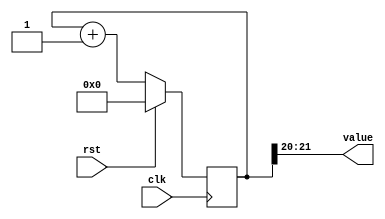
/*
   This file was generated automatically by the Mojo IDE version B1.3.6.
   Do not edit this file directly. Instead edit the original Lucid source.
   This is a temporary file and any changes made to it will be destroyed.
*/

/*
   Parameters:
     SIZE = 2
     DIV = 20
     TOP = 0
     UP = 1
*/
module counter_1 (
    input clk,
    input rst,
    output reg [1:0] value
  );
  
  localparam SIZE = 2'h2;
  localparam DIV = 5'h14;
  localparam TOP = 1'h0;
  localparam UP = 1'h1;
  
  
  reg [21:0] M_ctr_d, M_ctr_q = 1'h0;
  
  localparam MAX_VALUE = 21'h0fffff;
  
  always @* begin
    M_ctr_d = M_ctr_q;
    
    value = M_ctr_q[20+1-:2];
    if (1'h1) begin
      M_ctr_d = M_ctr_q + 1'h1;
      if (1'h0 && M_ctr_q == 21'h0fffff) begin
        M_ctr_d = 1'h0;
      end
    end else begin
      M_ctr_d = M_ctr_q - 1'h1;
      if (1'h0 && M_ctr_q == 1'h0) begin
        M_ctr_d = 21'h0fffff;
      end
    end
  end
  
  always @(posedge clk) begin
    if (rst == 1'b1) begin
      M_ctr_q <= 1'h0;
    end else begin
      M_ctr_q <= M_ctr_d;
    end
  end
  
endmodule